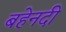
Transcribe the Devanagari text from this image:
बहेनदी